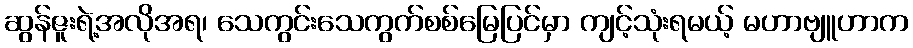
ဆွန်ဇူးရဲ့အလိုအရ၊ သေကွင်းသေကွက်စစ်မြေပြင်မှာ ကျင့်သုံးရမယ့် မဟာဗျူဟာက